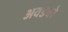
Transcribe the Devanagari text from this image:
अवडंबरे